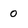
Character: o